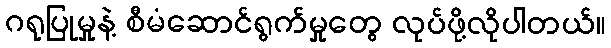
ဂရုပြုမှုနဲ့ စီမံဆောင်ရွက်မှုတွေ လုပ်ဖို့လိုပါတယ်။